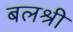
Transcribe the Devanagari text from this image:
बलश्री